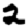
Digit: 2